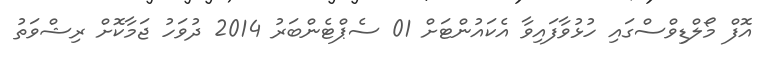
އޮފް މޯލްޑިވްސްގައި ހުޅުވާފައިވާ އެކައުންޓަށް 01 ސެޕްޓެންބަރު 2014 ދުވަހު ޖަމާކޮށް ރިޝްވަތު